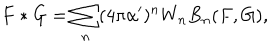
F * G = \sum _ { n } ( 4 \pi \alpha ^ { \prime } ) ^ { n } W _ { n } B _ { n } ( F , G ) ,